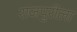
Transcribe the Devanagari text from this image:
राजपुरीला